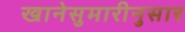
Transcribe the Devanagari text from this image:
खानेसुमारीनुसार